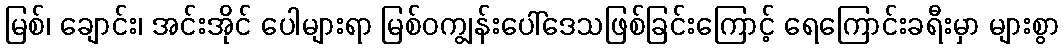
မြစ်၊ ချောင်း၊ အင်းအိုင် ပေါများရာ မြစ်ဝကျွန်းပေါ်ဒေသဖြစ်ခြင်းကြောင့် ရေကြောင်းခရီးမှာ များစွာ